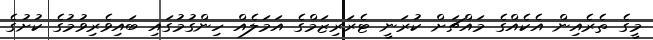
މީގެ ތެރެއިން އެކެއްގެ މައްޗަށް ކުރަނީ ޓެރަރިޒަމްގެ އަމަލެއް ހިންގުމުގައި ބައިވެރިވުމުގެ ކުށުގެ